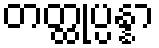
တတ္ထုပ္ပန္နာ